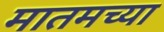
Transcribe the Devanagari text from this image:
मातमच्या